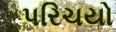
પરિચયો